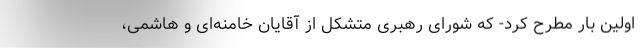
اولین بار مطرح کرد- که شورای رهبری متشکل از آقایان خامنه‌ای و هاشمی،